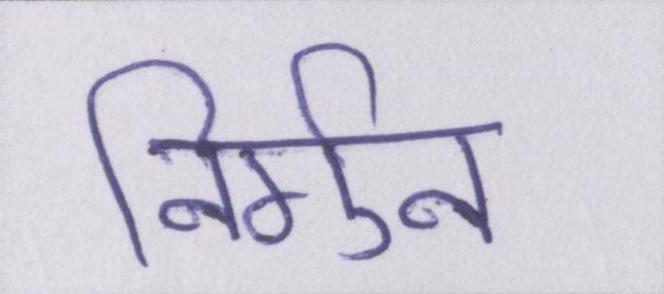
निर्गुन